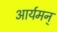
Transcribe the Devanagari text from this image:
आर्यमन्